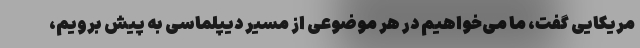
مریکایی گفت، ما می‌خواهیم در هر موضوعی از مسیر دیپلماسی به پیش برویم،